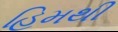
હિમથી